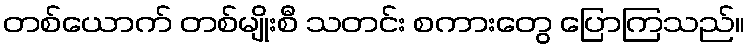
တစ်ယောက် တစ်မျိုးစီ သတင်း စကားတွေ ပြောကြသည်။